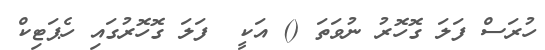
ހުރަސް ފަލަ ގޮހޮރު ނުވަތަ () އަކީ  ފަލަ ގޮހޮރުގައި ހެޕަޓިކް